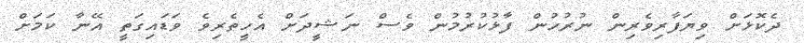
ދެކޮޅަށް ވިޔަފާރިވެރިން ނުރުހުން ފާޅުކުރުމުން ވެސް ނަޝީދަށް އެހީތެރިވެ ވަޑައިގަތީ އޭނާ ކަމަށް